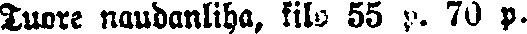
Tuore naudanliha, kilo 55 p. 70 p.